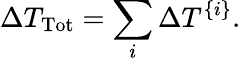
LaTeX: \Delta T_{\mathrm{Tot}}=\sum_{i}\Delta T^{\{ i\} }.